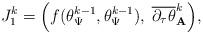
LaTeX: \begin{align*}J_1^{k} = \Big(f(\theta_{\Psi}^{k-1},\theta_{\Psi}^{k-1}),\;\overline{\partial_{\tau} \theta}_{\mathbf{A}}^{k}\Big) ,\end{align*}